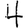
Digit: 4